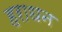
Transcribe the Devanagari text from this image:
हराधन